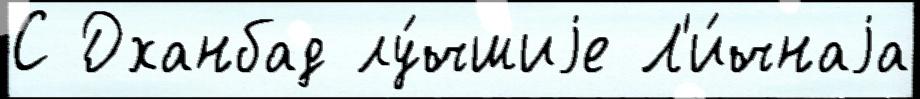
С Дханбад лу́чшиjе Л'и́чнаjа